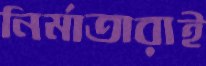
নির্মাতারাই